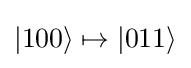
|100\rangle \mapsto |011\rangle